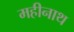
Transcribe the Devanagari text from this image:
महीनाथ